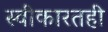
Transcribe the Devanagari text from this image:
स्वीकारतही